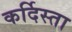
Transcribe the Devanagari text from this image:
कर्दिस्ता